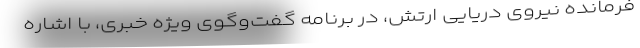
فرمانده نیروی دریایی ارتش، در برنامه گفت‌وگوی ویژه خبری، با اشاره